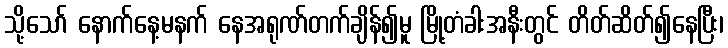
သို့သော် နောက်နေ့မနက် နေအရုဏ်တက်ချိန်၍မူ မြို့တံခါးအနီးတွင် တိတ်ဆိတ်၍နေပြီး၊